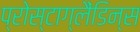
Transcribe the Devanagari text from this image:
प्रोस्टाग्लैंडिन्स